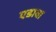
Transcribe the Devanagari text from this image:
एडावा